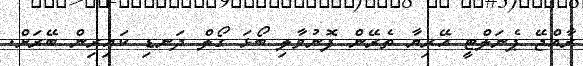
ރާއްޖޭ ޕެނަލްޓީ އޭރިޔާ ތެރޭން ފޮނުވާލި ބޯޅަ ގޯލް ދަނޑި ކައިރިން ބޭރަށް.